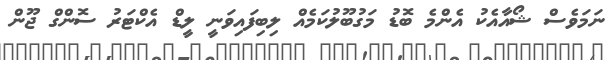
ނަމަވެސް ޝޯއާއެކު އެންމެ ބޮޑު މަގުބޫލުކަމެއް ލިބިފައިވަނީ ލީޑް އެކްޓަރު ސޮންގް ޖޫން